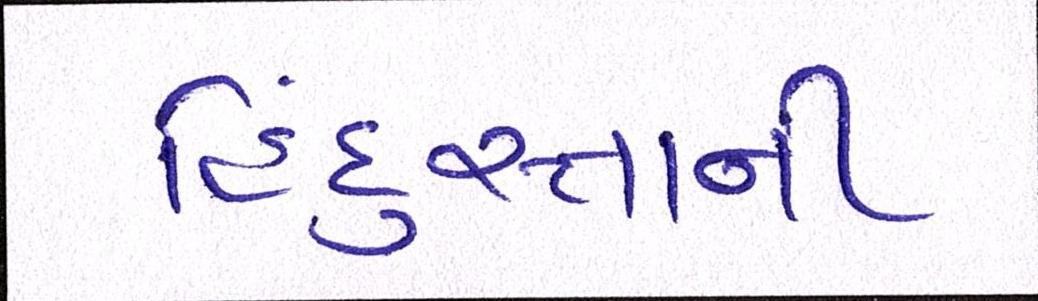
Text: હિંદુસ્તાની